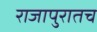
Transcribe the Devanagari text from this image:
राजापुरातच